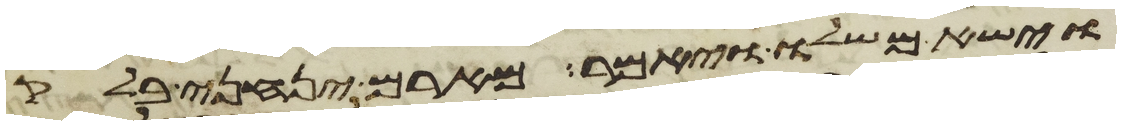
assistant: וישא משלו ויאמר מארם ינחני בלק